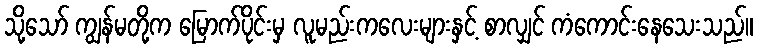
သို့သော် ကျွန်မတို့က မြောက်ပိုင်းမှ လူမည်းကလေးများနှင့် စာလျှင် ကံကောင်းနေသေးသည်။